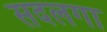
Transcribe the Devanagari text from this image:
सदलगा